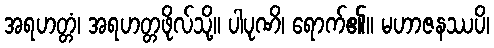
အရဟတ္တံ၊ အရဟတ္တဖိုလ်သို့။ ပါပုဏိ၊ ရောက်၏။ မဟာဇနဿပိ၊